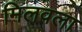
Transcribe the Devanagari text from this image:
मिलवला